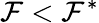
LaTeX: \mathcal{F}<\mathcal{F}^{*}